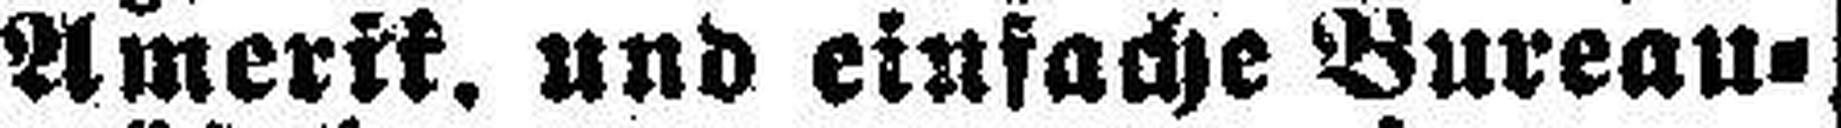
Amerik. und einfache Bureau¬